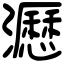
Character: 𤃉